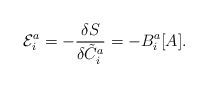
LaTeX: \begin{align*}{\cal E}_{i}^{a}=-\frac{\delta S}{\delta {\tilde C}_{i}^{a}}=-B_{i}^{a}[A].\end{align*}